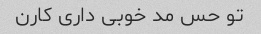
تو حس مد خوبی داری کارن